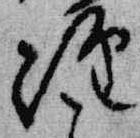
経